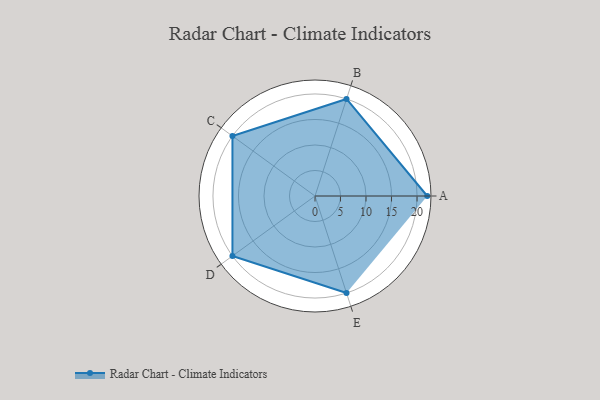
{"axis": {"x": "Skill", "y": "Score"}, "legend": ["Profile"], "data": [{"x": "A", "y": 22.0, "type": "Profile"}, {"x": "B", "y": 20, "type": "Profile"}, {"x": "C", "y": 20, "type": "Profile"}, {"x": "D", "y": 20, "type": "Profile"}, {"x": "E", "y": 20, "type": "Profile"}]}